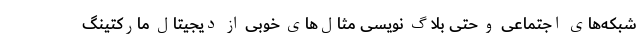
شبکه‌های اجتماعی و حتی بلاگ نویسی مثال‌های خوبی از دیجیتال مارکتینگ